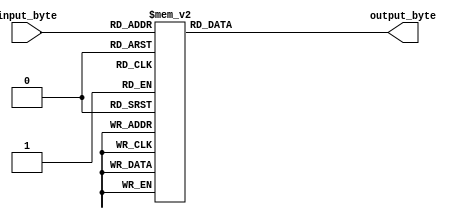
module SBox(input [7:0] input_byte, output reg[7:0] output_byte);
always @(input_byte) begin
case(input_byte)
8'h00: output_byte = 8'h63;
8'h01: output_byte = 8'h7c;
8'h02: output_byte = 8'h77;
8'h03: output_byte = 8'h7b;
8'h04: output_byte = 8'hf2;
8'h05: output_byte = 8'h6b;
8'h06: output_byte = 8'h6f;
8'h07: output_byte = 8'hc5;
8'h08: output_byte = 8'h30;
8'h09: output_byte = 8'h01;
8'h0A: output_byte = 8'h67;
8'h0B: output_byte = 8'h2b;
8'h0C: output_byte = 8'hfe;
8'h0D: output_byte = 8'hd7;
8'h0E: output_byte = 8'hab;
8'h0F: output_byte = 8'h76;
8'h10: output_byte = 8'hca;
8'h11: output_byte = 8'h82;
8'h12: output_byte = 8'hc9;
8'h13: output_byte = 8'h7d;
8'h14: output_byte = 8'hfa;
8'h15: output_byte = 8'h59;
8'h16: output_byte = 8'h47;
8'h17: output_byte = 8'hf0;
8'h18: output_byte = 8'had;
8'h19: output_byte = 8'hd4;
8'h1A: output_byte = 8'ha2;
8'h1B: output_byte = 8'haf;
8'h1C: output_byte = 8'h9c;
8'h1D: output_byte = 8'ha4;
8'h1E: output_byte = 8'h72;
8'h1F: output_byte = 8'hc0;
8'h20: output_byte = 8'hb7;
8'h21: output_byte = 8'hfd;
8'h22: output_byte = 8'h93;
8'h23: output_byte = 8'h26;
8'h24: output_byte = 8'h36;
8'h25: output_byte = 8'h3f;
8'h26: output_byte = 8'hf7;
8'h27: output_byte = 8'hcc;
8'h28: output_byte = 8'h34;
8'h29: output_byte = 8'ha5;
8'h2A: output_byte = 8'he5;
8'h2B: output_byte = 8'hf1;
8'h2C: output_byte = 8'h71;
8'h2D: output_byte = 8'hd8;
8'h2E: output_byte = 8'h31;
8'h2F: output_byte = 8'h15;
8'h30: output_byte = 8'h04;
8'h31: output_byte = 8'hc7;
8'h32: output_byte = 8'h23;
8'h33: output_byte = 8'hc3;
8'h34: output_byte = 8'h18;
8'h35: output_byte = 8'h96;
8'h36: output_byte = 8'h05;
8'h37: output_byte = 8'h9a;
8'h38: output_byte = 8'h07;
8'h39: output_byte = 8'h12;
8'h3A: output_byte = 8'h80;
8'h3B: output_byte = 8'he2;
8'h3C: output_byte = 8'heb;
8'h3D: output_byte = 8'h27;
8'h3E: output_byte = 8'hb2;
8'h3F: output_byte = 8'h75;
8'h40: output_byte = 8'h09;
8'h41: output_byte = 8'h83;
8'h42: output_byte = 8'h2c;
8'h43: output_byte = 8'h1a;
8'h44: output_byte = 8'h1b;
8'h45: output_byte = 8'h6e;
8'h46: output_byte = 8'h5a;
8'h47: output_byte = 8'ha0;
8'h48: output_byte = 8'h52;
8'h49: output_byte = 8'h3b;
8'h4A: output_byte = 8'hd6;
8'h4B: output_byte = 8'hb3;
8'h4C: output_byte = 8'h29;
8'h4D: output_byte = 8'he3;
8'h4E: output_byte = 8'h2f;
8'h4F: output_byte = 8'h84;
8'h50: output_byte = 8'h53;
8'h51: output_byte = 8'hd1;
8'h52: output_byte = 8'h00;
8'h53: output_byte = 8'hed;
8'h54: output_byte = 8'h20;
8'h55: output_byte = 8'hfc;
8'h56: output_byte = 8'hb1;
8'h57: output_byte = 8'h5b;
8'h58: output_byte = 8'h6a;
8'h59: output_byte = 8'hcb;
8'h5A: output_byte = 8'hbe;
8'h5B: output_byte = 8'h39;
8'h5C: output_byte = 8'h4a;
8'h5D: output_byte = 8'h4c;
8'h5E: output_byte = 8'h58;
8'h5F: output_byte = 8'hcf;
8'h60: output_byte = 8'hd0;
8'h61: output_byte = 8'hef;
8'h62: output_byte = 8'haa;
8'h63: output_byte = 8'hfb;
8'h64: output_byte = 8'h43;
8'h65: output_byte = 8'h4d;
8'h66: output_byte = 8'h33;
8'h67: output_byte = 8'h85;
8'h68: output_byte = 8'h45;
8'h69: output_byte = 8'hf9;
8'h6A: output_byte = 8'h02;
8'h6B: output_byte = 8'h7f;
8'h6C: output_byte = 8'h50;
8'h6D: output_byte = 8'h3c;
8'h6E: output_byte = 8'h9f;
8'h6F: output_byte = 8'ha8;
8'h70: output_byte = 8'h51;
8'h71: output_byte = 8'ha3;
8'h72: output_byte = 8'h40;
8'h73: output_byte = 8'h8f;
8'h74: output_byte = 8'h92;
8'h75: output_byte = 8'h9d;
8'h76: output_byte = 8'h38;
8'h77: output_byte = 8'hf5;
8'h78: output_byte = 8'hbc;
8'h79: output_byte = 8'hb6;
8'h7A: output_byte = 8'hda;
8'h7B: output_byte = 8'h21;
8'h7C: output_byte = 8'h10;
8'h7D: output_byte = 8'hff;
8'h7E: output_byte = 8'hf3;
8'h7F: output_byte = 8'hd2;
8'h80: output_byte = 8'hcd;
8'h81: output_byte = 8'h0c;
8'h82: output_byte = 8'h13;
8'h83: output_byte = 8'hec;
8'h84: output_byte = 8'h5f;
8'h85: output_byte = 8'h97;
8'h86: output_byte = 8'h44;
8'h87: output_byte = 8'h17;
8'h88: output_byte = 8'hc4;
8'h89: output_byte = 8'ha7;
8'h8A: output_byte = 8'h7e;
8'h8B: output_byte = 8'h3d;
8'h8C: output_byte = 8'h64;
8'h8D: output_byte = 8'h5d;
8'h8E: output_byte = 8'h19;
8'h8F: output_byte = 8'h73;
8'h90: output_byte = 8'h60;
8'h91: output_byte = 8'h81;
8'h92: output_byte = 8'h4f;
8'h93: output_byte = 8'hdc;
8'h94: output_byte = 8'h22;
8'h95: output_byte = 8'h2a;
8'h96: output_byte = 8'h90;
8'h97: output_byte = 8'h88;
8'h98: output_byte = 8'h46;
8'h99: output_byte = 8'hee;
8'h9A: output_byte = 8'hb8;
8'h9B: output_byte = 8'h14;
8'h9C: output_byte = 8'hde;
8'h9D: output_byte = 8'h5e;
8'h9E: output_byte = 8'h0b;
8'h9F: output_byte = 8'hdb;
8'hA0: output_byte = 8'he0;
8'hA1: output_byte = 8'h32;
8'hA2: output_byte = 8'h3a;
8'hA3: output_byte = 8'h0a;
8'hA4: output_byte = 8'h49;
8'hA5: output_byte = 8'h06;
8'hA6: output_byte = 8'h24;
8'hA7: output_byte = 8'h5c;
8'hA8: output_byte = 8'hc2;
8'hA9: output_byte = 8'hd3;
8'hAA: output_byte = 8'hac;
8'hAB: output_byte = 8'h62;
8'hAC: output_byte = 8'h91;
8'hAD: output_byte = 8'h95;
8'hAE: output_byte = 8'he4;
8'hAF: output_byte = 8'h79;
8'hB0: output_byte = 8'he7;
8'hB1: output_byte = 8'hc8;
8'hB2: output_byte = 8'h37;
8'hB3: output_byte = 8'h6d;
8'hB4: output_byte = 8'h8d;
8'hB5: output_byte = 8'hd5;
8'hB6: output_byte = 8'h4e;
8'hB7: output_byte = 8'ha9;
8'hB8: output_byte = 8'h6c;
8'hB9: output_byte = 8'h56;
8'hBA: output_byte = 8'hf4;
8'hBB: output_byte = 8'hea;
8'hBC: output_byte = 8'h65;
8'hBD: output_byte = 8'h7a;
8'hBE: output_byte = 8'hae;
8'hBF: output_byte = 8'h08;
8'hC0: output_byte = 8'hba;
8'hC1: output_byte = 8'h78;
8'hC2: output_byte = 8'h25;
8'hC3: output_byte = 8'h2e;
8'hC4: output_byte = 8'h1c;
8'hC5: output_byte = 8'ha6;
8'hC6: output_byte = 8'hb4;
8'hC7: output_byte = 8'hc6;
8'hC8: output_byte = 8'he8;
8'hC9: output_byte = 8'hdd;
8'hCA: output_byte = 8'h74;
8'hCB: output_byte = 8'h1f;
8'hCC: output_byte = 8'h4b;
8'hCD: output_byte = 8'hbd;
8'hCE: output_byte = 8'h8b;
8'hCF: output_byte = 8'h8a;
8'hD0: output_byte = 8'h70;
8'hD1: output_byte = 8'h3e;
8'hD2: output_byte = 8'hb5;
8'hD3: output_byte = 8'h66;
8'hD4: output_byte = 8'h48;
8'hD5: output_byte = 8'h03;
8'hD6: output_byte = 8'hf6;
8'hD7: output_byte = 8'h0e;
8'hD8: output_byte = 8'h61;
8'hD9: output_byte = 8'h35;
8'hDA: output_byte = 8'h57;
8'hDB: output_byte = 8'hb9;
8'hDC: output_byte = 8'h86;
8'hDD: output_byte = 8'hc1;
8'hDE: output_byte = 8'h1d;
8'hDF: output_byte = 8'h9e;
8'hE0: output_byte = 8'he1;
8'hE1: output_byte = 8'hf8;
8'hE2: output_byte = 8'h98;
8'hE3: output_byte = 8'h11;
8'hE4: output_byte = 8'h69;
8'hE5: output_byte = 8'hd9;
8'hE6: output_byte = 8'h8e;
8'hE7: output_byte = 8'h94;
8'hE8: output_byte = 8'h9b;
8'hE9: output_byte = 8'h1e;
8'hEA: output_byte = 8'h87;
8'hEB: output_byte = 8'he9;
8'hEC: output_byte = 8'hce;
8'hED: output_byte = 8'h55;
8'hEE: output_byte = 8'h28;
8'hEF: output_byte = 8'hdf;
8'hF0: output_byte = 8'h8c;
8'hF1: output_byte = 8'ha1;
8'hF2: output_byte = 8'h89;
8'hF3: output_byte = 8'h0d;
8'hF4: output_byte = 8'hbf;
8'hF5: output_byte = 8'he6;
8'hF6: output_byte = 8'h42;
8'hF7: output_byte = 8'h68;
8'hF8: output_byte = 8'h41;
8'hF9: output_byte = 8'h99;
8'hFA: output_byte = 8'h2d;
8'hFB: output_byte = 8'h0f;
8'hFC: output_byte = 8'hb0;
8'hFD: output_byte = 8'h54;
8'hFE: output_byte = 8'hbb;
8'hFF: output_byte = 8'h16;
endcase
end
endmodule